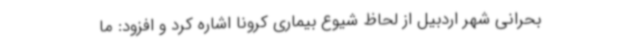
بحرانی شهر اردبیل از لحاظ شیوع بیماری کرونا اشاره کرد و افزود: ما